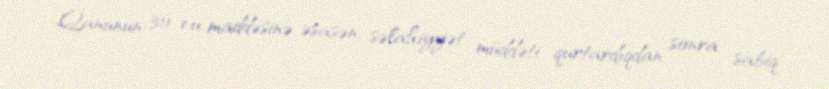
Qanunun 30-cu maddəsinə əsasən, səlahiyyət müddəti qurtardıqdan sonra sabiq